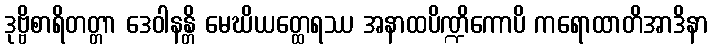
ဒုဗ္ဗိစာရိတတ္တာ ဒေဝါနန္တိ မေဃိယတ္ထေရဿ အနာထပိဏ္ဍိကောပိ ကရောထာတိအာဒိနာ